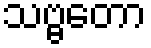
သဗ္ဗတော